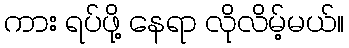
ကား ရပ်ဖို့ နေရာ လိုလိမ့်မယ်။